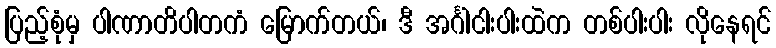
ပြည့်စုံမှ ပါဏာတိပါတကံ မြောက်တယ်၊ ဒီ အင်္ဂါငါးပါးထဲက တစ်ပါးပါး လိုနေရင်